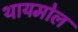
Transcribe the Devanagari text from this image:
थायमोल